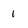
Character: 1